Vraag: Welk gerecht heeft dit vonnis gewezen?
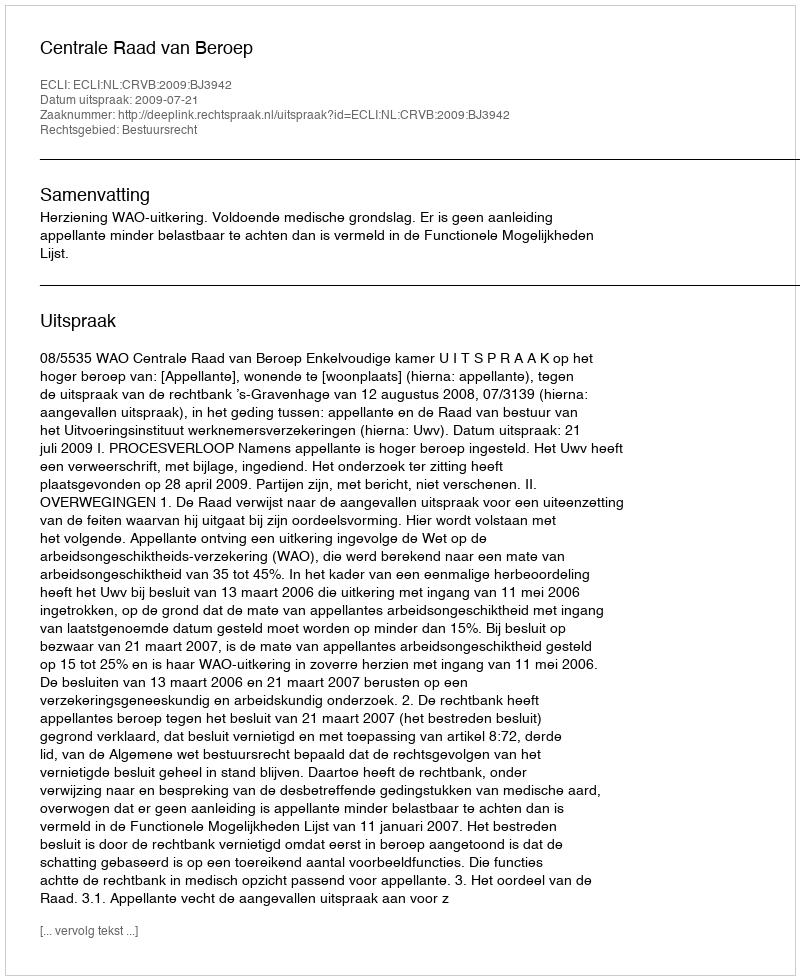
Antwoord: Centrale Raad van Beroep